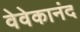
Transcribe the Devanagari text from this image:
वेवेकानंद